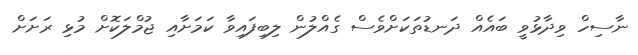
ނާސިހް ވިދާޅުވީ ބައެއް ދަނޑުތަކަށްވެސް ގެއްލުން ލިބިފައިވާ ކަމަށާއި ޖުމްލަކޮށް މުޅި ރަށަށް